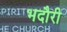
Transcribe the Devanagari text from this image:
भदौरी